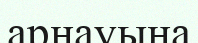
арнауына